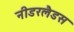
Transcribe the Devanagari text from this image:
नीडरलैडस